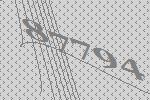
87794